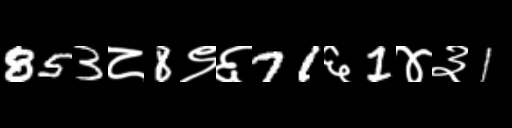
Text: 853८8९६71६1४३1